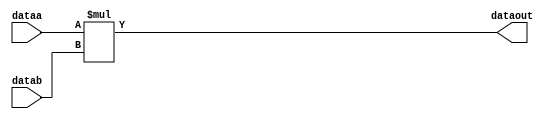
module mult
#(parameter WIDTH=16)
(
	input signed [WIDTH-1:0] dataa,
	input signed [WIDTH-1:0] datab,
	output [2*WIDTH-1:0] dataout
);

	assign dataout = dataa * datab;

endmodule